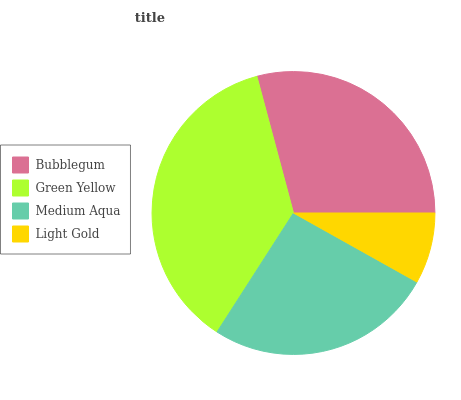
| Bubblegum | Green Yellow | Medium Aqua | Light Gold |
 | --- | --- | --- | --- |
 | 29.1% | 36.8% | 26% | 8.12% |